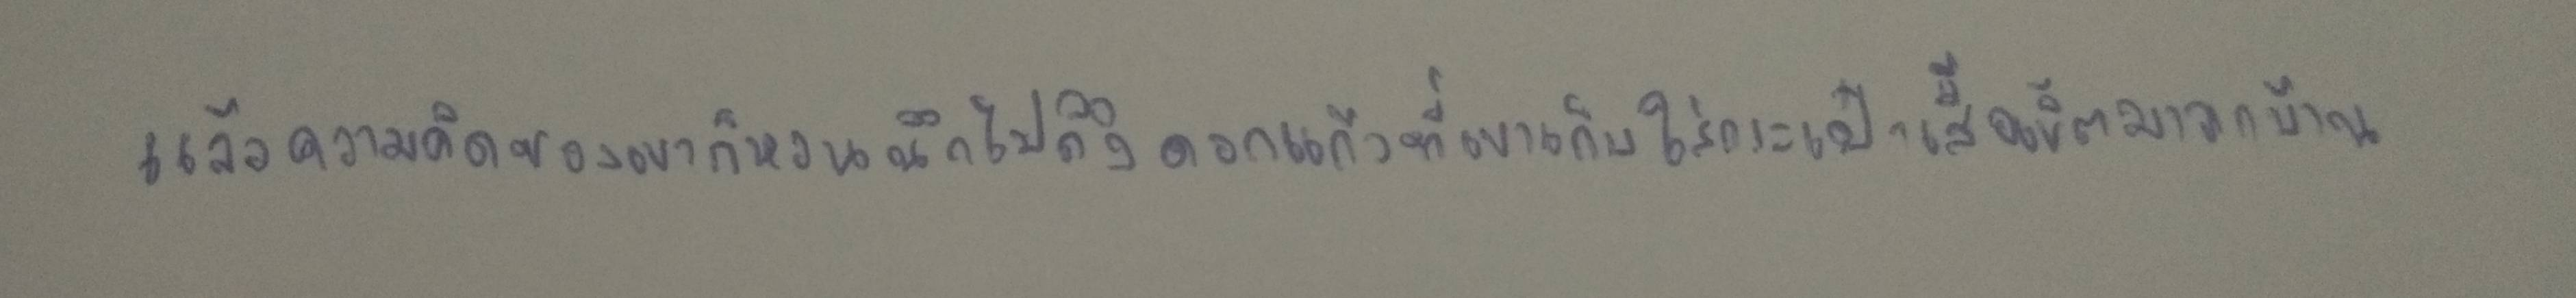
แล้วความคิดของเขาก็หวนนึกไปถึงดอกแก้วที่เขาเก็บใส่กระเป๋าเสื้อเชิ้ตมาจากบ้าน